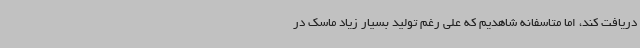
دریافت کند، اما متاسفانه شاهدیم که علی رغم تولید بسیار زیاد ماسک در